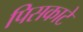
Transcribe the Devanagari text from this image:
पिसकाटे